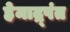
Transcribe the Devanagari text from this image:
हेमाद्र्पंत